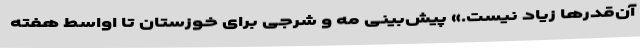
آن‌قدرها زیاد نیست.» پیش‌بینی مه و شرجی برای خوزستان تا اواسط هفته